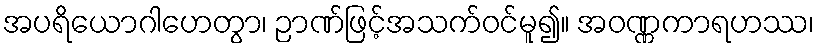
အပရိယောဂါဟေတွာ၊ ဉာဏ်ဖြင့်အသက်ဝင်မူ၍။ အဝဏ္ဏကာရဟဿ၊